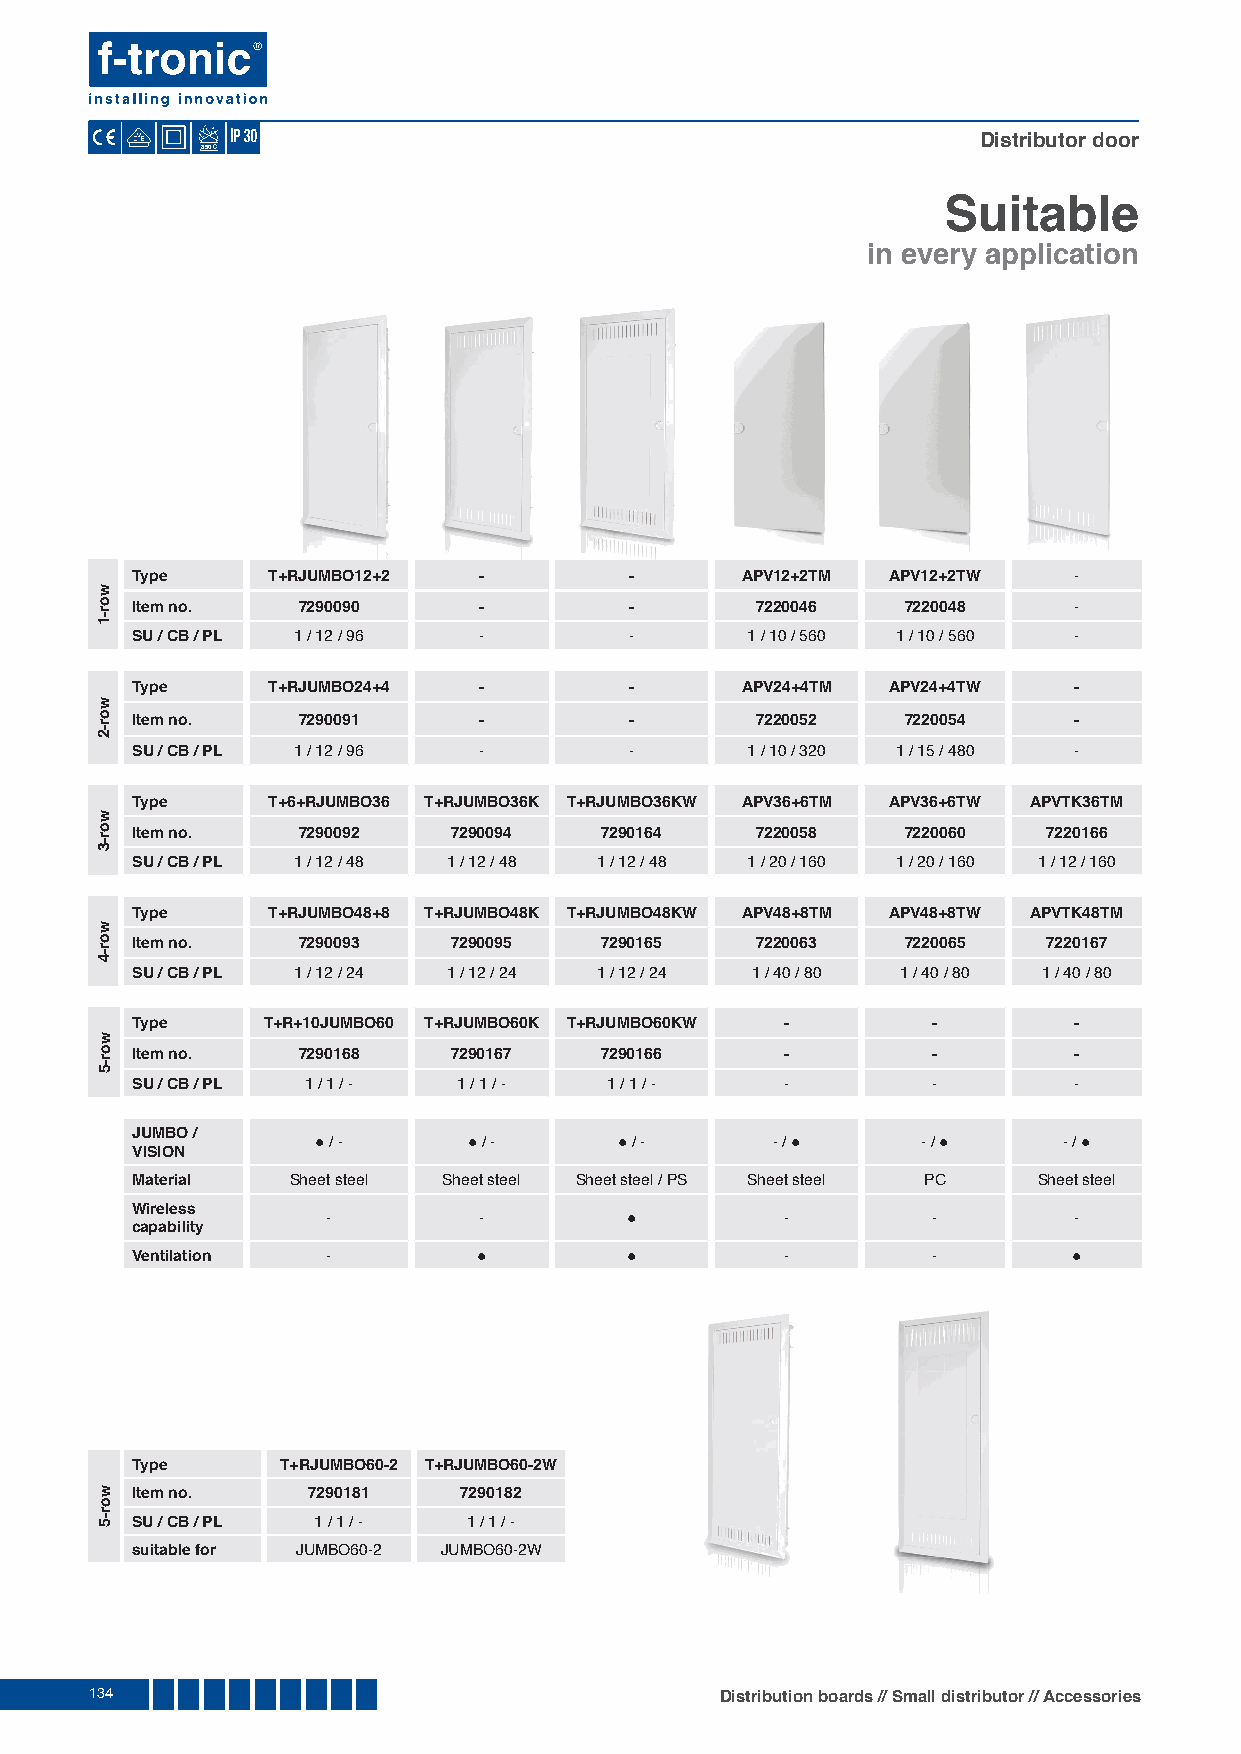
Distributor door
 850
 Suitable
 in every application
 Type     T+RJUMBO12+2  -         -      APV12+2TM APV12+2TW   -
 Item no.   7290090     -         -       7220046   7220048    -
 SU / CB / PL 1 / 12 / 96 -       -      1 / 10 / 560 1 / 10 / 560 -
 Type     T+RJUMBO24+4  -         -      APV24+4TM APV24+4TW   -
 Item no.   7290091     -         -       7220052   7220054    -
 SU / CB / PL 1 / 12 / 96 -       -      1 / 10 / 320 1 / 15 / 480 -
 Type     T+6+RJUMBO36 T+RJUMBO36K T+RJUMBO36KW APV36+6TM APV36+6TW APVTK36TM
 Item no.   7290092   7290094   7290164   7220058   7220060  7220166
 SU / CB / PL 1 / 12 / 48 1 / 12 / 48 1 / 12 / 48 1 / 20 / 160 1 / 20 / 160 1 / 12 / 160
 Type     T+RJUMBO48+8 T+RJUMBO48K T+RJUMBO48KW APV48+8TM APV48+8TW APVTK48TM
 Item no.   7290093   7290095   7290165   7220063   7220065  7220167
 SU / CB / PL 1 / 12 / 24 1 / 12 / 24 1 / 12 / 24 1 / 40 / 80 1 / 40 / 80 1 / 40 / 80
 Type    T+R+10JUMBO60 T+RJUMBO60K T+RJUMBO60KW -     -        -
 Item no.   7290168   7290167   7290166     -         -        -
 SU / CB / PL 1 / 1 / - 1 / 1 / - 1 / 1 / - -         -        -
 JUMBO /
 ● / -     ● / -     ● / -     - / ●     - / ●    - / ●
 VISION
 Material  Sheet steel Sheet steel Sheet steel / PS Sheet steel PC Sheet steel
 Wireless
 -         -        ●          -         -        -
 capability
 Ventilation  -         ●        ●          -         -        ●
 Type      T+RJUMBO60-2 T+RJUMBO60-2W
 Item no.   7290181   7290182
 SU / CB / PL 1 / 1 / - 1 / 1 / -
 suitable for JUMBO60-2 JUMBO60-2W
 134                                       Distribution boards // Small distributor // Accessories
 wor-1
 wor-2
 wor-3
 wor-4
 wor-5
 wor-5